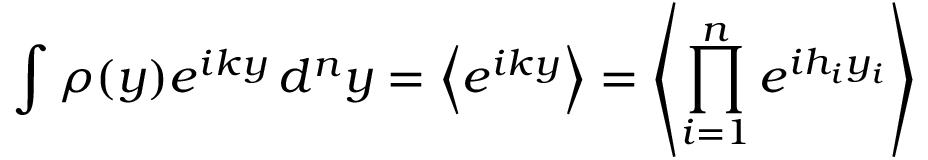
\int \rho ( y ) e ^ { i k y } \, d ^ { n } y = \left\langle e ^ { i k y } \right\rangle = \left\langle \prod _ { i = 1 } ^ { n } e ^ { i h _ { i } y _ { i } } \right\rangle